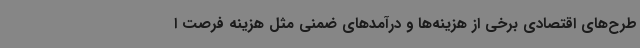
طرح‌های اقتصادی برخی از هزینه‌ها و درآمدهای ضمنی مثل هزینه فرصت ا